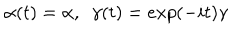
\alpha ( t ) = \alpha , ~ ~ \gamma ( t ) = e x p ( - i t ) \gamma